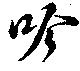
吟